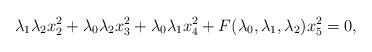
LaTeX: \begin{align*}\lambda_1\lambda_2x_2^2+\lambda_0\lambda_2x_3^2+\lambda_0\lambda_1x_4^2+F(\lambda_0,\lambda_1,\lambda_2)x_5^2=0,\end{align*}